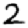
Digit: 2